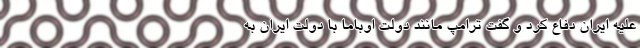
علیه ایران دفاع کرد و گفت ترامپ مانند دولت اوباما با دولت ایران به